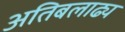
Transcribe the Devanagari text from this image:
अतिबलाढ्य